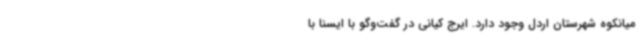
میانکوه شهرستان اردل وجود دارد. ایرج کیانی در گفت‌وگو با ایسنا با